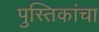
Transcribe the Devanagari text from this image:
पुस्तिकांचा